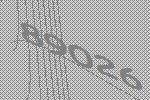
89026